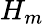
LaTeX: H_{m}